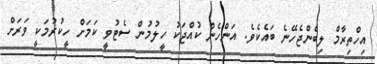
އިހްތިރާމް ލިބެންޖެހޭނެ ބައެކެވެ. އަންހެން ކުއްޖަކު ހީލުމުން ސެޓުވީ ކަމަށް ހީކުރުމަކީ ވަރަށް